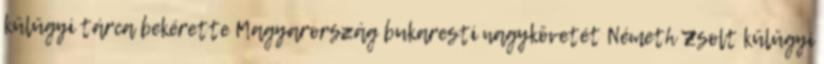
külügyi tárca bekérette Magyarország bukaresti nagykövetét Németh Zsolt külügyi